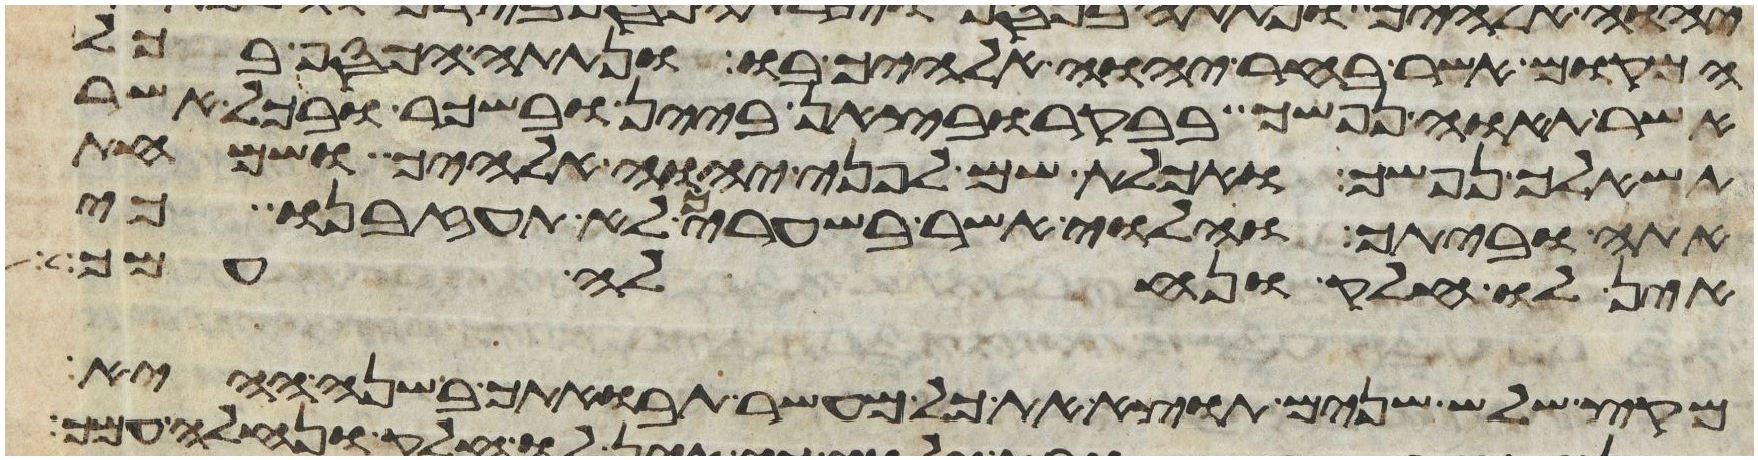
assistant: המקום אשר בחר יהוה אלהיך בו ונתתה הכסף בכל
אשר תאוה נפשך בבקר ובצאן ביין ובשכר ובכל אשר
תשאלך נפשך ואכלת שם לפני יהוה אלהיך ושמחת
אתה וביתך והלוי אשר בשעריך לא תעזבנו כי
אין לו חלק ונחלה עמך
מקץ שלש שנים תוצא את כל מעשר תבואתך בשנה ההיא